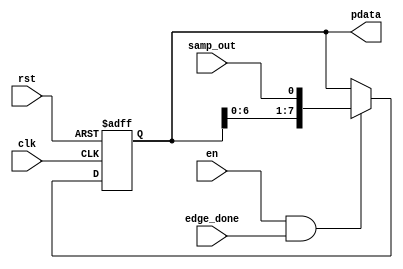
module DeSerializer (
    input  wire        clk,
    input  wire        rst,
    input  wire        en,   
    input  wire        samp_out,
    input  wire        edge_done,
    output  reg [7:0]  pdata 
);



always @(posedge clk ,negedge rst) 
 begin
  if(!rst)
   begin
    pdata <= 8'b0 ;
   end
  else if(en && edge_done)
   begin
    pdata <= {pdata[6:0],samp_out};
   end	
 end
endmodule